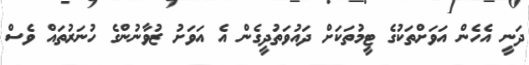
ދަނީ އެހެން އަވަށްތަކުގެ ޓީމުތަކަށް ދައުވަތުދީގެން އެ އަވަށު ޒުވާނުންގެ ހުނަރުތައް ވެސް